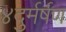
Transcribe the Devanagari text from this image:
४दुर्मर्षण